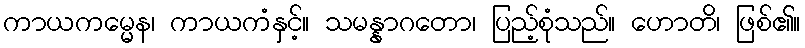
ကာယကမ္မေန၊ ကာယကံနှင့်။ သမန္နာဂတော၊ ပြည့်စုံသည်။ ဟောတိ၊ ဖြစ်၏။